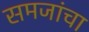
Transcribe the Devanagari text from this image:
समजांचा